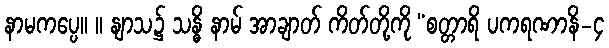
နာမကပ္ပေ။ ။ နျာသ၌ သန္ဓိ နာမ် အာချာတ် ကိတ်တို့ကို “စတ္တာရိ ပကရဏာနိ-၄